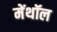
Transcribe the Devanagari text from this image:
मेंथॉल